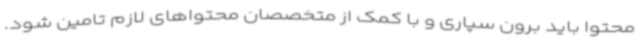
محتوا باید برون سپاری و با کمک از متخصصان محتواهای لازم تامین شود.